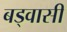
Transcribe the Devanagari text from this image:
बड्वासी